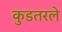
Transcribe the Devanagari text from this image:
कुडतरले